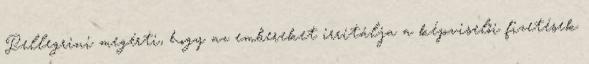
Pellegrini megérti, hogy az embereket irritálja a képviselői fizetések